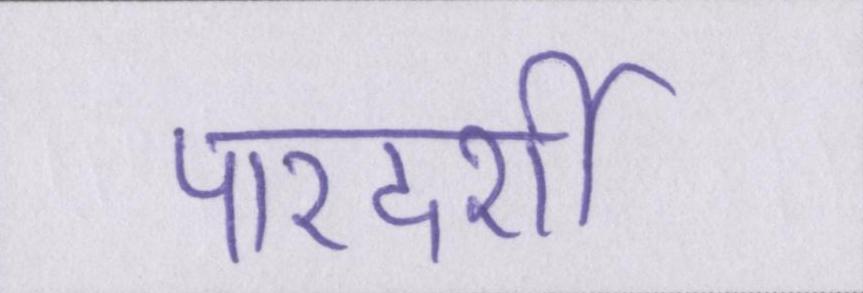
पारदर्शी